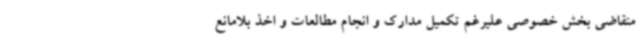
متقاضی بخش خصوصی علیرغم تکمیل مدارک و انجام مطالعات و اخذ بلامانع